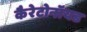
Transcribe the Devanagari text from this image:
कैरेटोनॉयड